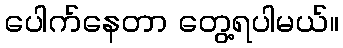
ပေါက်နေတာ တွေ့ရပါမယ်။